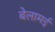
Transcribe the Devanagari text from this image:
बेलामई